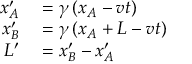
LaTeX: \begin{array} { r l } { x _ { A } ^ { \prime } } & { { } = \gamma \left( x _ { A } - v t \right) } \\ { x _ { B } ^ { \prime } } & { { } = \gamma \left( x _ { A } + L - v t \right) } \\ { L ^ { \prime } } & { { } = x _ { B } ^ { \prime } - x _ { A } ^ { \prime } } \end{array}